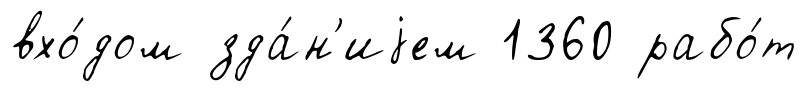
вхо́дом зда́н'иjем 1360 рабо́т